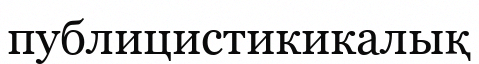
публицистикикалық